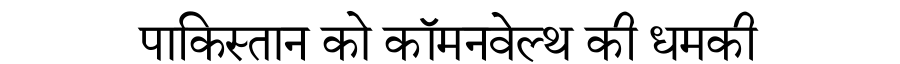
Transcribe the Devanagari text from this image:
पाकिस्तान को कॉमनवेल्थ की धमकी